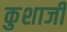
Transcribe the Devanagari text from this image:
कुशाजी